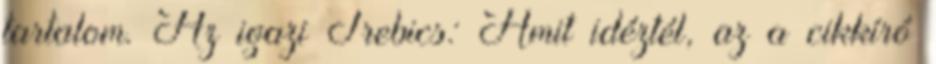
tartalom. Az igazi Trebics: Amit idéztél, az a cikkíró